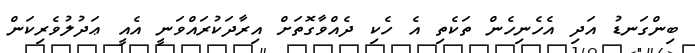
ބިންގަނޑު އަދި އެހެނިހެން ތަކެތި އެ ހެކި ދެއްވާގޮތަށް އިރާދަކުރައްވަނީ އެއީ ޢަދުލުވެރިކަން